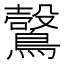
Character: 𪆑